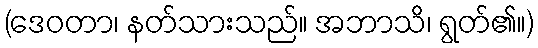
(ဒေဝတာ၊ နတ်သားသည်။ အဘာသိ၊ ရွတ်၏။)